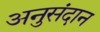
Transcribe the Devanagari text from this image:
अनुसंदान